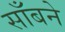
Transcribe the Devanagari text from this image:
साँबने